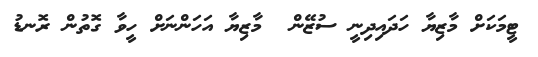
ޓީމަކަށް މާޒިޔާ ހަދައިދިނީ ސުޒޭން  މާޒިޔާ އަހަންނަށް ހީވާ ގޮތުން ރޮނޑު